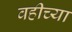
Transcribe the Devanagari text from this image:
वहीच्या